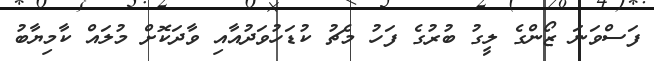
ފަސްވަނަ ޒޯންގެ ލީގު ބުރުގެ ފަހު މެޗު ކުޑަހުވަދުއާއި ވާދަކޮށް މުލައް ކާމިޔާބު